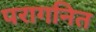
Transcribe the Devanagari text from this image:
परागनित